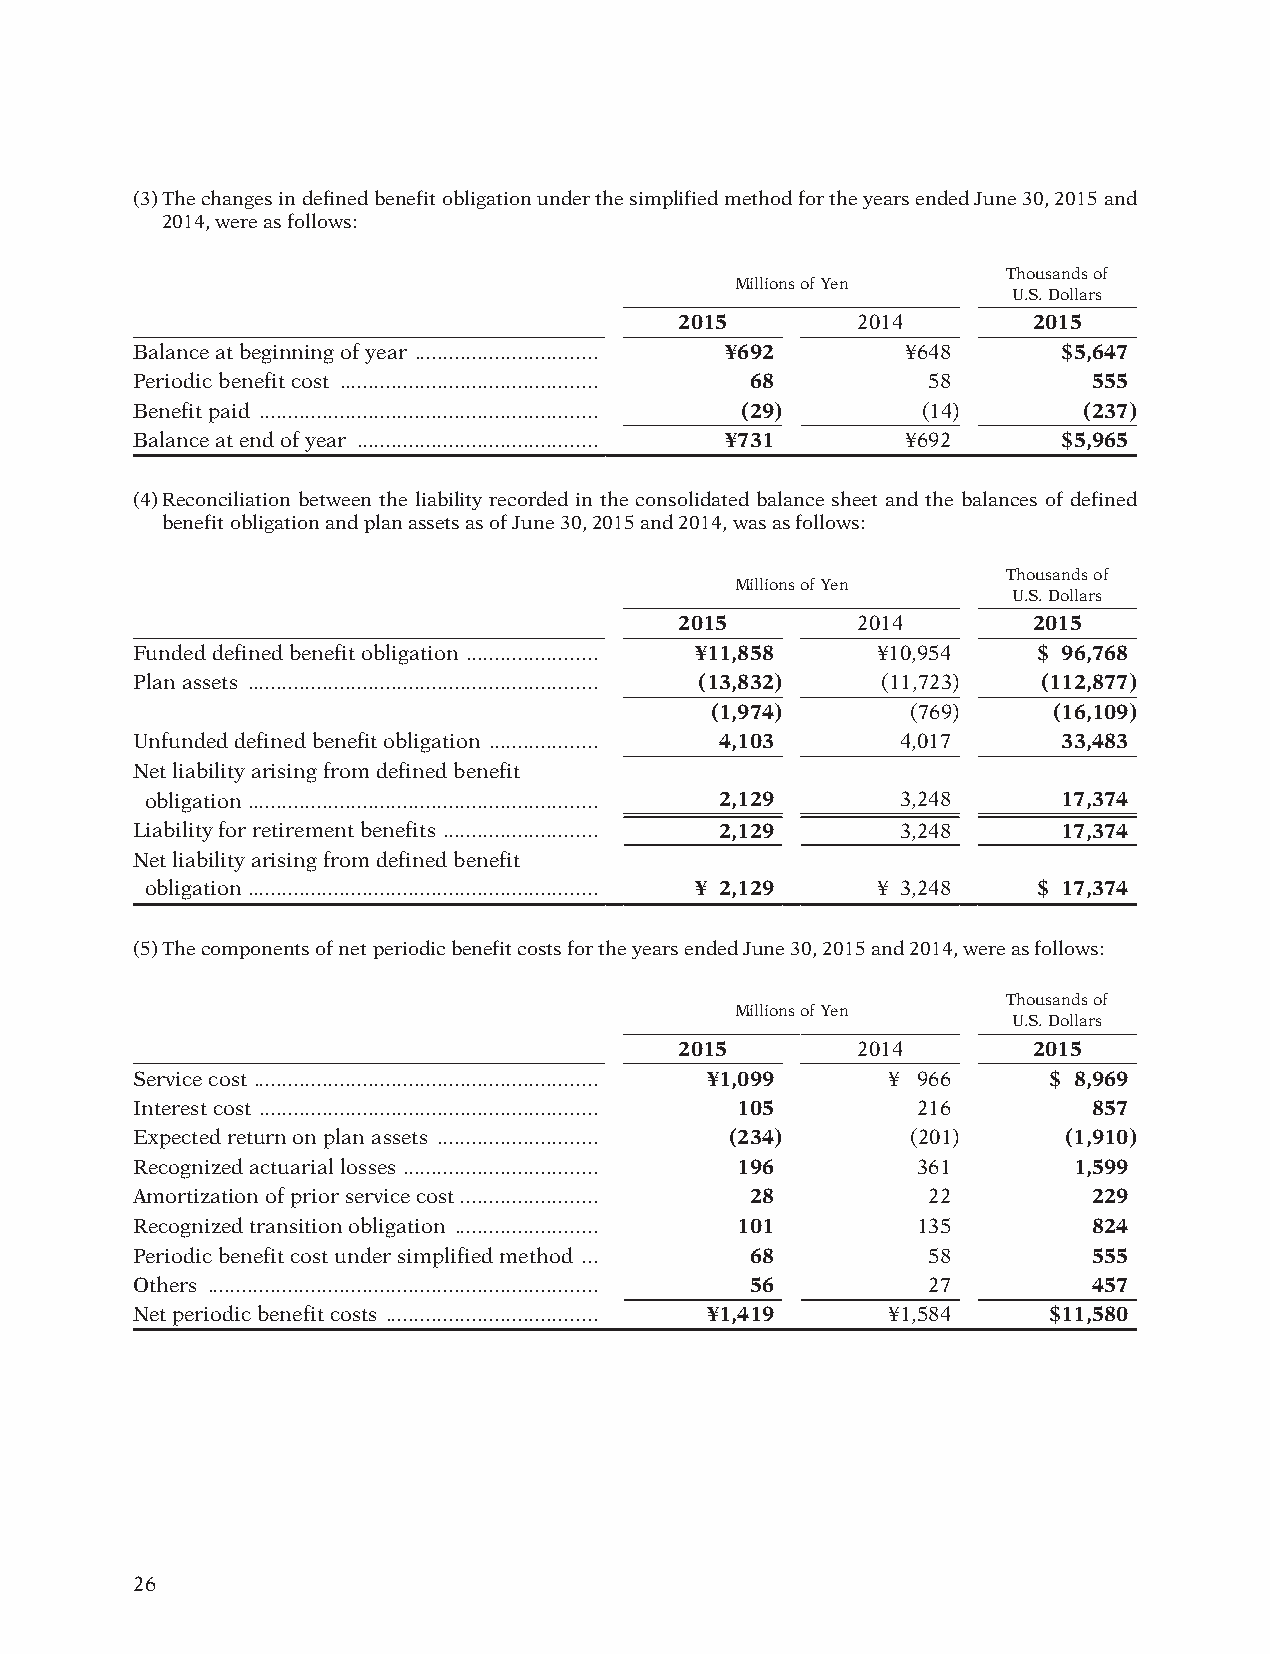
(3) T he changes in defined benefit obligation under the simplified method for the years ended June 30, 2015 and
 2014, were as follows:
 Thousands of
 Millions of Yen
 U.S. Dollars
 2015        2014       2015
 Balance at beginning of year ................................ ¥692 ¥648 $5,647
 Periodic benefit cost ............................................. 68 58 555
 Benefit paid ........................................................... (29) (14) (237)
 Balance at end of year .......................................... ¥731 ¥692 $5,965
 (4) R econciliation between the liability recorded in the consolidated balance sheet and the balances of defined
 benefit obligation and plan assets as of June 30, 2015 and 2014, was as follows:
 Thousands of
 Millions of Yen
 U.S. Dollars
 2015        2014       2015
 Funded defined benefit obligation ....................... ¥11,858 ¥10,954 $ 96,768
 Plan assets ............................................................. (13,832) (11,723) (112,877)
 (1,974)      (769)     (16,109)
 Unfunded defined benefit obligation ................... 4,103 4,017 33,483
 Net liability arising from defined benefit
 obligation ............................................................. 2,129 3,248 17,374
 Liability for retirement benefits ........................... 2,129 3,248 17,374
 Net liability arising from defined benefit
 obligation ............................................................. ¥ 2,129 ¥ 3,248 $ 17,374
 (5) The components of net periodic benefit costs for the years ended June 30, 2015 and 2014, were as follows:
 Thousands of
 Millions of Yen
 U.S. Dollars
 2015        2014       2015
 Service cost ............................................................ ¥1,099 ¥ 966 $ 8,969
 Interest cost ........................................................... 105 216 857
 Expected return on plan assets ............................ (234) (201) (1,910)
 Recognized actuarial losses .................................. 196 361 1,599
 Amortization of prior service cost ........................ 28 22 229
 Recognized transition obligation ......................... 101 135 824
 Periodic benefit cost under simplified method ... 68 58        555
 Others .................................................................... 56 27 457
 Net periodic benefit costs ..................................... ¥1,419 ¥1,584 $11,580
 26
 012_0612001372710.indd 26                                              2015/11/16 22:22:16